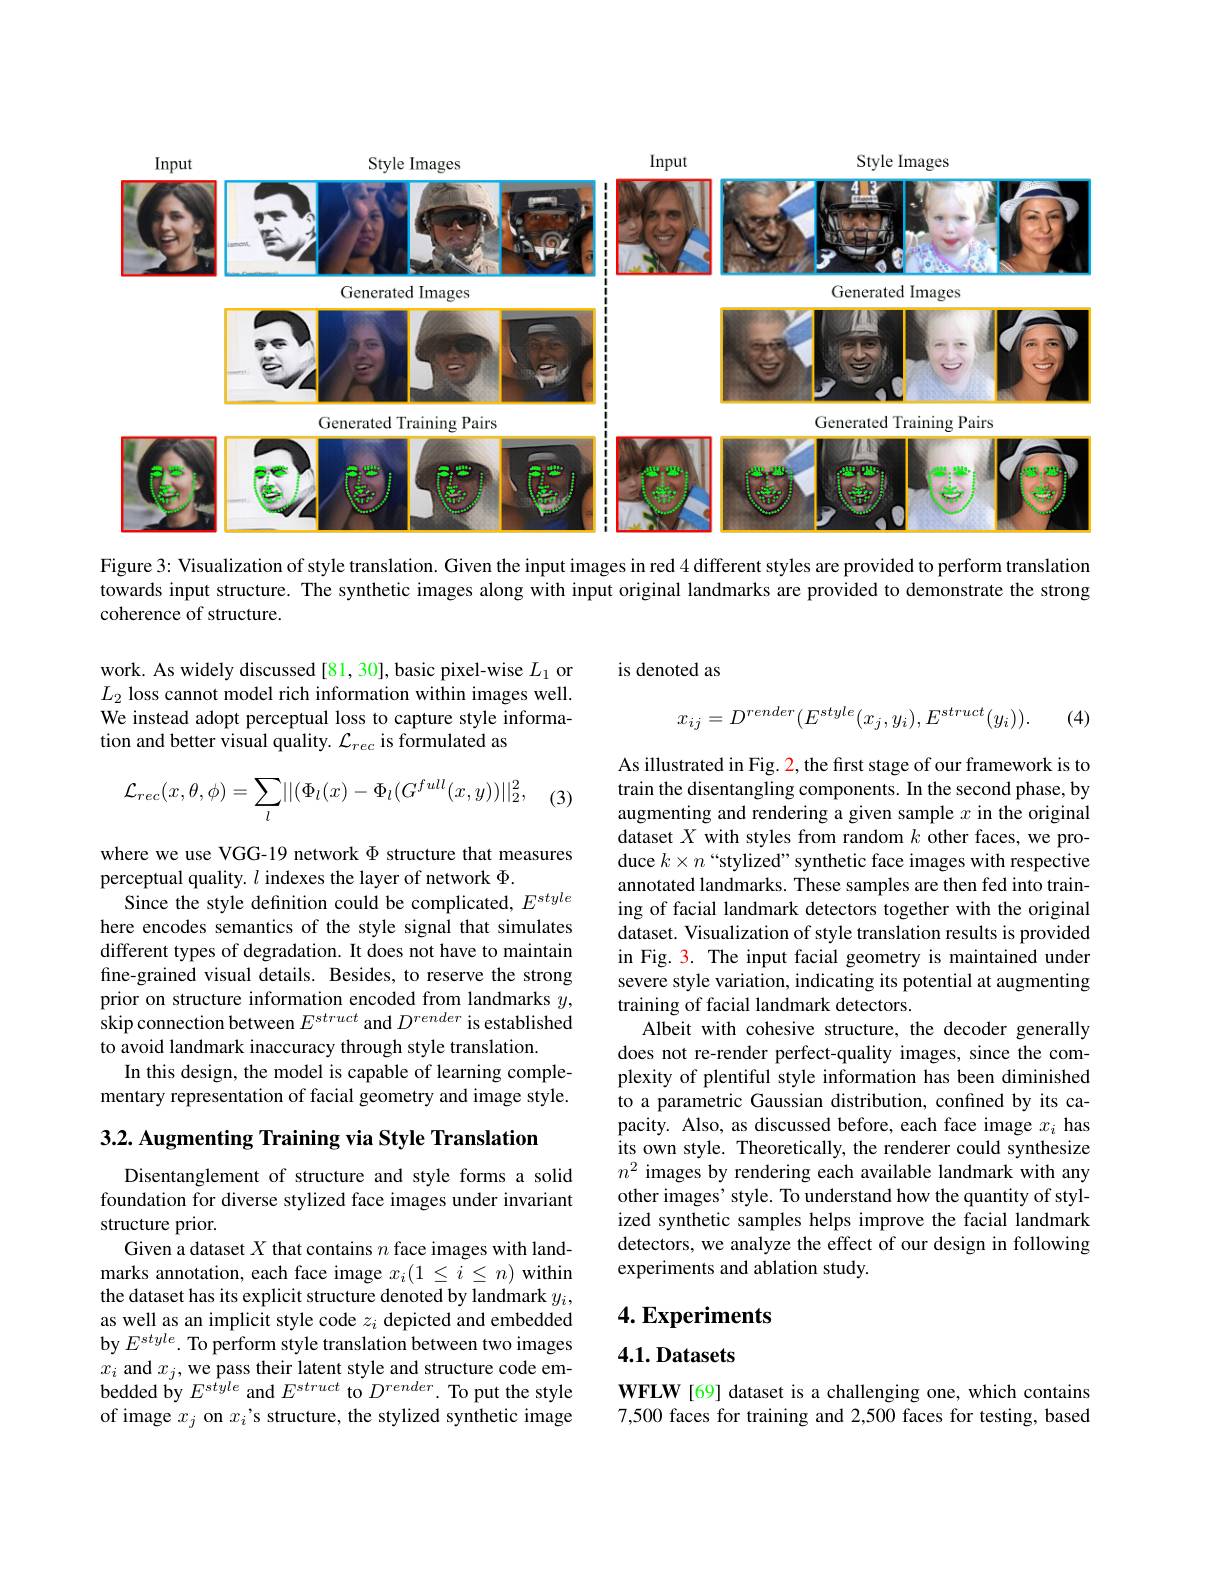
<FigureHere>

Figure 3: Visualization of style translation. Given the input images in red 4 different styles are provided to perform translation

towards input structure. The synthetic images along with input original landmarks are provided to demonstrate the strong

coherence of structure.

is denoted as

work. As widely discussed [81, 30], basic pixel-wise $L_1$ or $L_2$ loss cannot model rich information within images well. We instead adopt perceptual loss to capture style information and better visual quality. $\mathcal{L}_rec$ is formulated as
$$x_{ij}=D^{render}(E^{style}(x_{j},y_{i}),E^{struct}(y_{i})).$$
(4)

(3
$$\mathcal{L}_{rec}(x,\theta,\phi)=\sum\limits_{l}\lvert\lvert(\Phi_l(x)-\Phi_l(G^{full}(x,y))\rvert\rvert_2^2,$$
where we use VGG-19 network $\Phi$ structure that measures
perceptual quality. $l$ indexes the layer of network $\Phi.$
Since the style definition could be complicated, $E^{style}$ here encodes semantics of the style signal that simulates different types of degradation. It does not have to maintain fine-grained visual details. Besides, to reserve the strong prior on structure information encoded from landmarks $y$, skip connection between $E^{struct}$ and $D^{render}$ is established to avoid landmark inaccuracy through style translation.
In this design, the model is capable of learning complementary representation of facial geometry and image style.

As illustrated in Fig. 2, the first stage of our framework is to train the disentangling components. In the second phase, by augmenting and rendering a given sample $x$ in the original dataset $X$ with styles from random $k$ other faces, we produce $k\times n$ “stylized” synthetic face images with respective annotated landmarks. These samples are then fed into training of facial landmark detectors together with the original dataset. Visualization of style translation results is provided in Fig. 3. The input facial geometry is maintained under severe style variation, indicating its potential at augmenting training of facial landmark detectors.
Albeit with cohesive structure, the decoder generally does not re-render perfect-quality images, since the complexity of plentiful style information has been diminished to a parametric Gaussian distribution, confined by its capacity. Also, as discussed before, each face image $x_i$ has its own style. Theoretically, the renderer could synthesize $n^2$ images by rendering each available landmark with any other images' style. To understand how the quantity of stylized synthetic samples helps improve the facial landmark detectors, we analyze the effect of our design in following experiments and ablation study.

3.2. Augmenting Training via Style Translation

Disentanglement of structure and style forms a solid foundation for diverse stylized face images under invariant structure prior.
Given a dataset $X$ that contains $n$ face images with landmarks annotation, each face image $x_i(1\leq i\leq n)$ within the dataset has its explicit structure denoted by landmark $y_i$, as well as an implicit style code $z_i$ depicted and embedded by $E^{style}.$ To perform style translation between two images $x_i$ and $x_j$, we pass their latent style and structure code embedded by $E^{style}$ and $E^{struct}$ to $D^{render}.$ To put the style of image $x_j$ on $x_i$'s structure, the stylized synthetic image

# 4. Experiments

$4. 1. \textbf{Datasets}$

WFLW [69] dataset is a challenging one, which contains 7,500 faces for training and 2,500 faces for testing, based